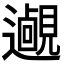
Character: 𨘵